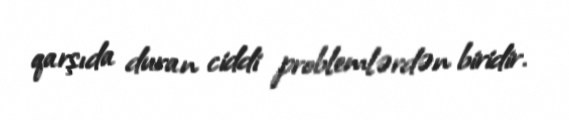
qarşıda duran ciddi problemlərdən biridir.